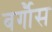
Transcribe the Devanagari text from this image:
बर्गौस